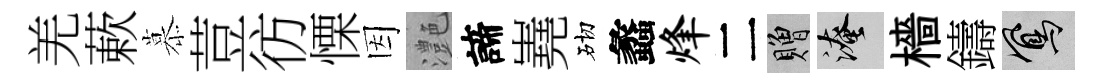
羌蔌慕荳彷慄因灔諦嶤砌蠡烽二贈淹檣鑄鳳